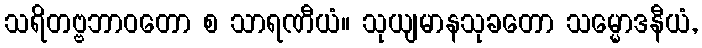
သရိတဗ္ဗဘာဝတော စ သာရဏီယံ။ သုယျမာနသုခတော သမ္မောဒနီယံ,